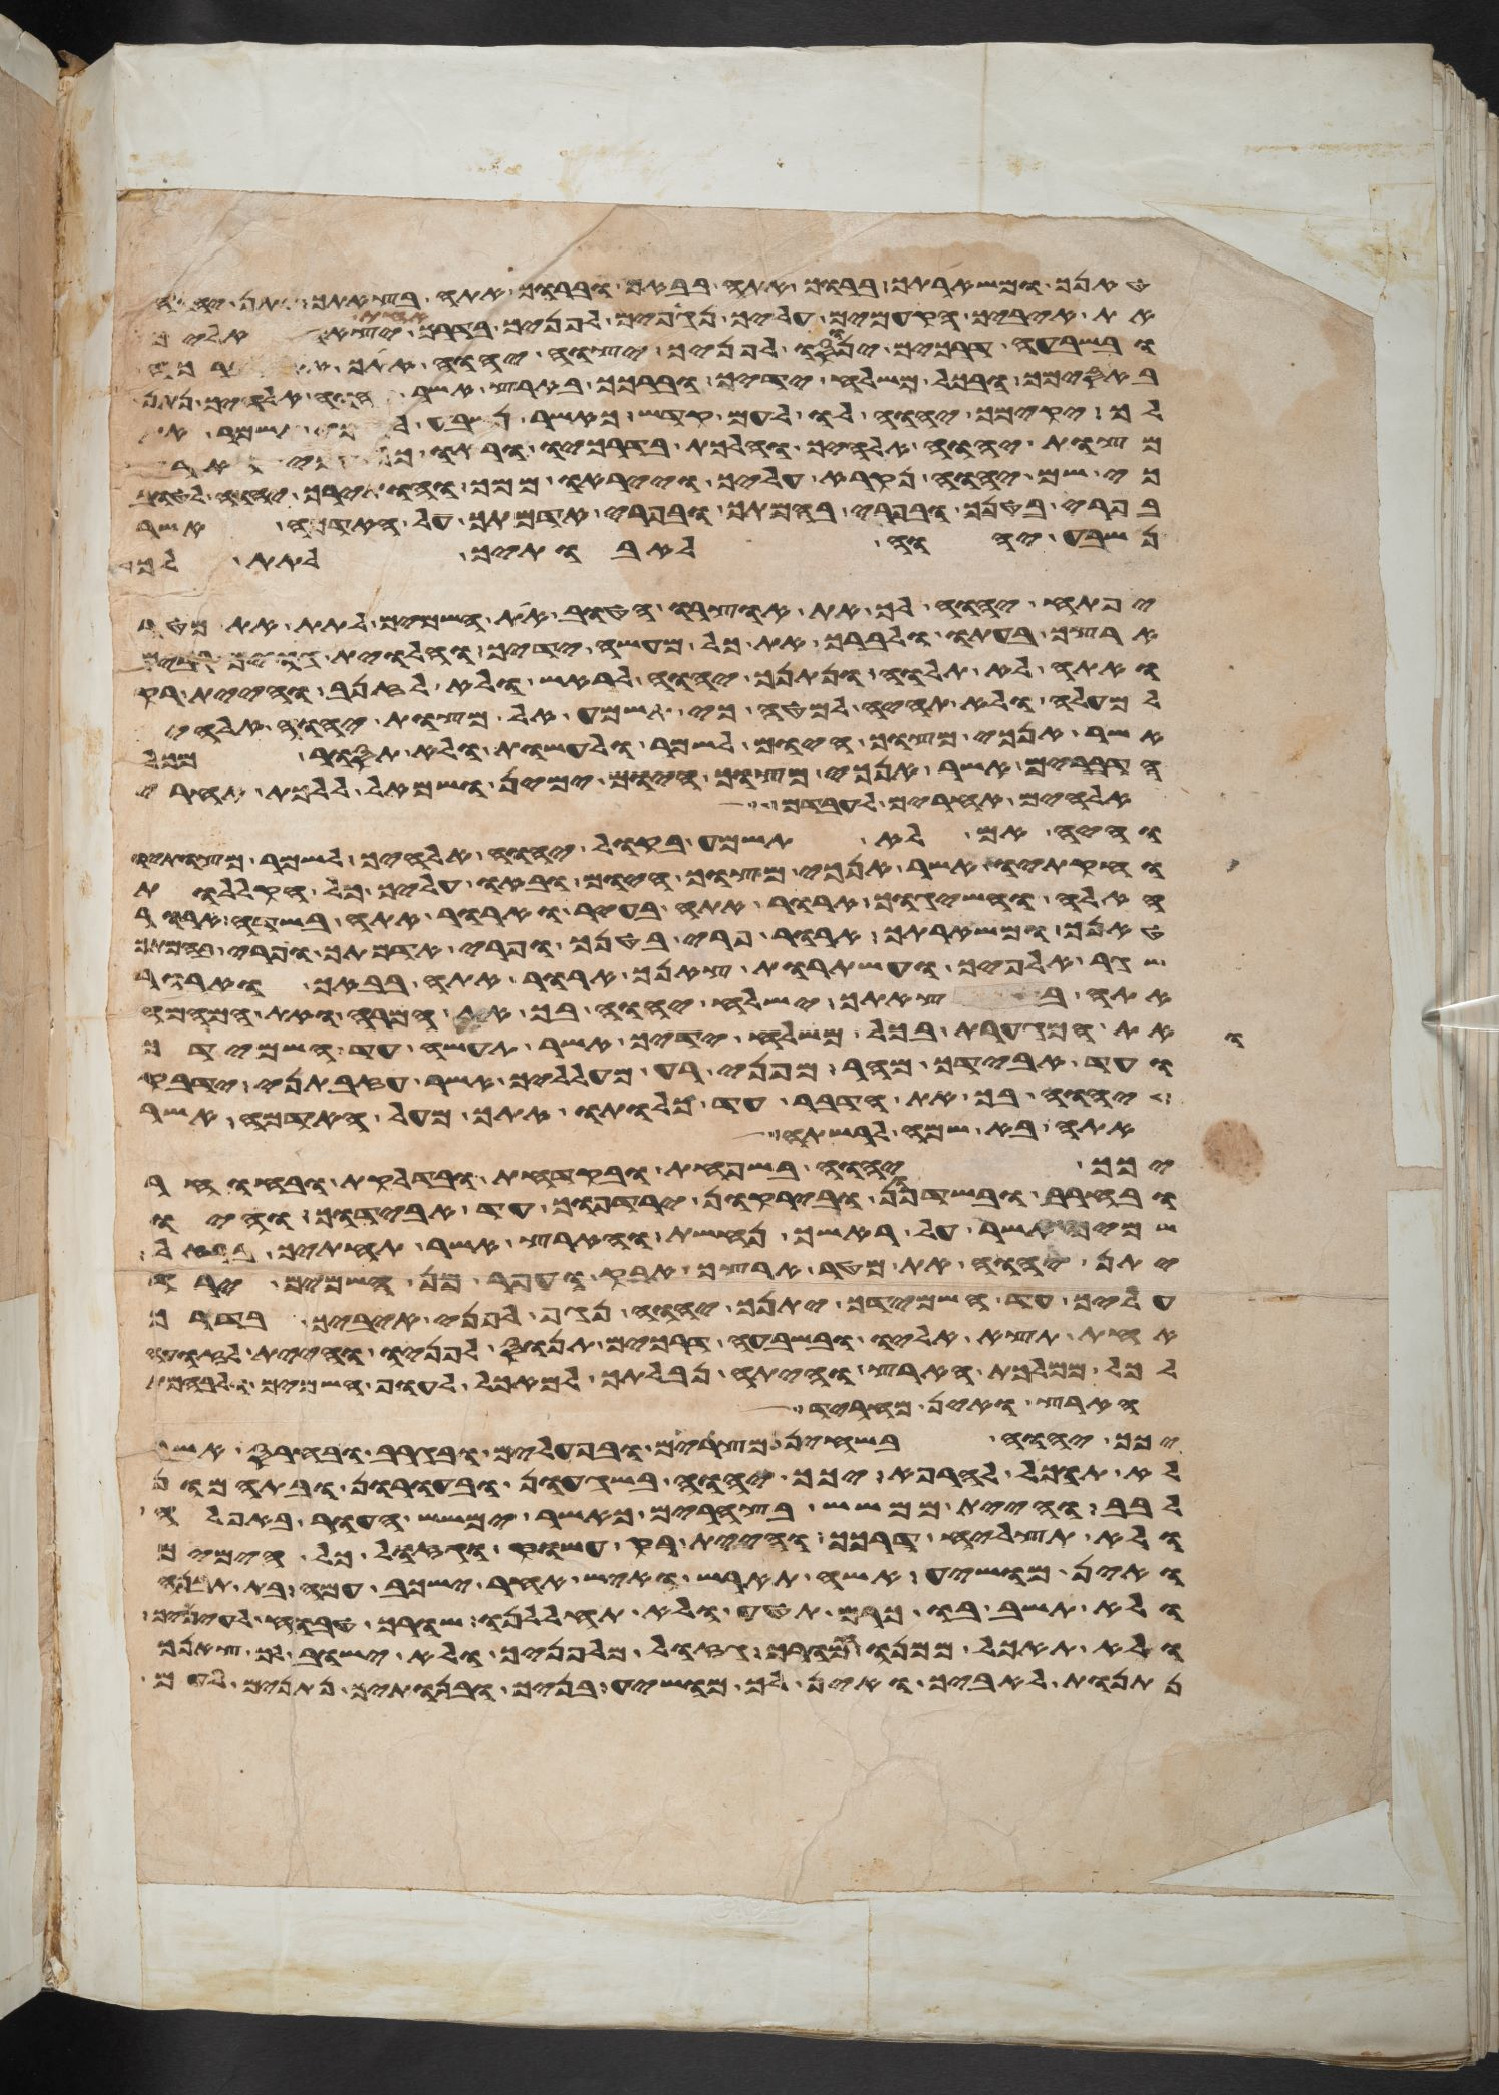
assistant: טנאך ומשארתך ברוך אתה בבאך וברוך אתה בצאתך יתן יהוה
את איביך הקמים עליך נגפים לפניך בדרך אחת יצאו אליך
ובשבעה דרכים ינוסו לפניך יצוה יהוה אתך את
באסימך ובכל משלח ידיך וברכך בארץ אשר יהוה
לך יקימך יהוה לו לעם קדש כאשר נשבע לך כי תשמר
מצות יהוה אלהיך והלכת בדרכיו וראו כל עמי הארץ
כי שם יהוה נקרא עליך וייראו ממך והותירך יהוה
בפרי בטנך ובפרי בהמתך ובפרי אדמתך על האדמה אשר
נשבע יהוה לאבתיך לתת לך
יפתח יהוה לך את אוצרו הטוב את השמים לתת את מטר
ארצך בעתו לברך את כל מעשה ידיך והלוית גוים רבים
ואתה לא תלוה ונתנך יהוה לראש ולא לזנב והיית רק
למעלה ולא תהיה למטה כי תשמע אל מצות יהוה אלהיך
אשר אנכי מצוך היום לשמר ולעשות ולא תסור מכל
הדברים אשר אנכי מצוך היום ימין ושמאל ללכת אחרי
אלהים אחרים לעבדם
והיה אם לא תשמע בקול יהוה אלהיך לשמר מצותיו
וחקתיו אשר אנכי מצוך היום ובאו עליך כל הקללות
האלה והשיגוך ארור אתה בעיר וארור אתה בשדה ארור
טנאך ומשארתך ארור פרי בטנך ופרי אדמתך ופרי בהמתך
שגר אלפיך ועשתרות צאנך ארור אתה בבאך וארור
אתה בצאתך ישלח יהוה בך את המרה ואת המהמה
ואת המגערת בכל משלח ידיך אשר תעשה עד השמידך
ועד אבידך מהר מפני רע מעלליך אשר עזבתני ידבק
יהוה בך את הדבר עד כלותו אתך מעל האדמה אשר
אתה בא שמה לרשתה
יכך יהוה בשחפת ובקדחת ובדלקת ובחרחר
ובחרב ובשדפון ובירקון ירדפוך עד אבידוך והיו
שמיך אשר על ראשך נחשת והארץ אשר תחתיך ברזל
יתן יהוה את מטר ארצך אבק ועפר מן השמים ירד
עליך עד השמידך יתנך יהוה נגף לפני איביך בדרך
אחת תצא אליו ובשבעה דרכים תנוס לפניו והיית לזועה
לכל ממלכת הארץ והיתה נבלתך למאכל לעוף השמים ולבהמת
הארץ ואין מחריד
יכך יהוה בשחין מצרים ובעפלים ובגרב ובחרס אשר
לא תוכל להרפא יכך יהוה בשגעון ובעורון ובתמהון
לבב והיית ממשש בצהרים כאשר ימשש העור באפלה
ולא תצליח דרכך והיית רק עשוק וגזול כל הימים
ואין מושיע אשה תארש ואיש אחר ישכב עמה בית תבנה
ולא תשב בו כרם תטע ולא תחללנו שורך טבוח לעיניך
ולא תאכל ממנו חמורך גזול מלפניך ולא ישוב
נתנות לאיביך ואין לך מושיע בניך ובנתיך נתנים לעם